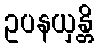
ဥပနယှန္တိ